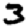
Digit: 3